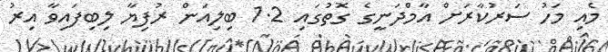
މެއި މަހު ސަރުކާރަށް އާމްދަނީގެ ގޮތުގައި 1.2 ބިލިއަން ރުފިޔާ ލިބިފައިވާ އިރު